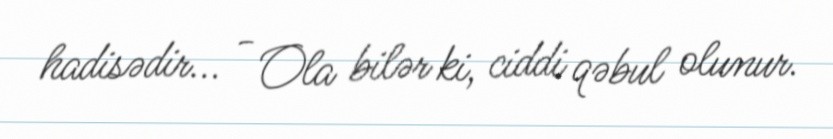
hadisədir... - Ola bilər ki, ciddi qəbul olunur.